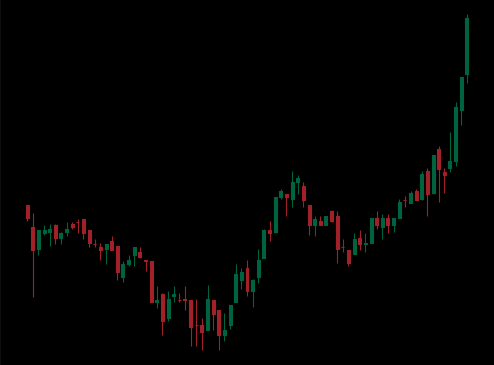
Pattern: inverse_head_shoulders